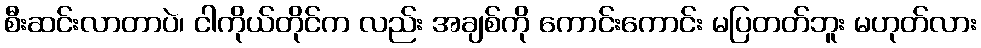
စီးဆင်းလာတာပဲ၊ ငါကိုယ်တိုင်က လည်း အချစ်ကို ကောင်းကောင်း မပြတတ်ဘူး မဟုတ်လား